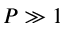
P \gg 1